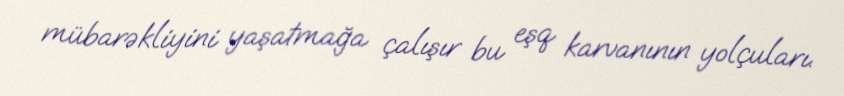
mübarəkliyini yaşatmağa çalışır bu eşq karvanının yolçuları.